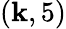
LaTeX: (\mathbf{k},5)